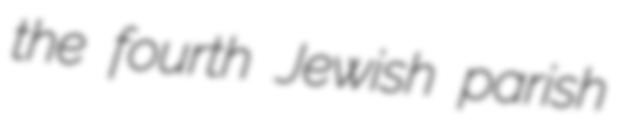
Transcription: the fourth Jewish parish